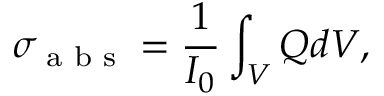
\sigma _ { \textrm { a b s } } = \frac { 1 } { I _ { 0 } } \int _ { V } Q d V ,